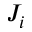
J _ { i }